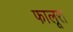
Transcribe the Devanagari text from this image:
फालूरा